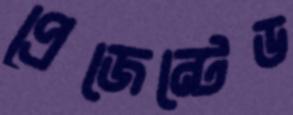
প্রেজেন্টেড